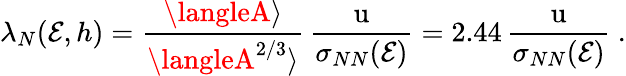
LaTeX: \lambda_{N}(\mathcal{E},h)={\frac{{\langleA\rangle}}{{\langleA^{2/3}\rangle}}}\, {\frac{{\mathrm{{u}}}}{{\sigma_{NN}(\mathcal{E})}}}=2.44\, {\frac{{\mathrm{{u}}}}{{\sigma_{NN}(\mathcal{E})}}}~.